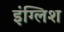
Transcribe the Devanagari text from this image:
इंग्‍लिश